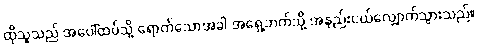
ထိုသူသည် အပေါ်ထပ်သို့ ရောက်သောအခါ အရှေ့ဘက်သို့ အနည်းငယ်လျှောက်သွားသည်။